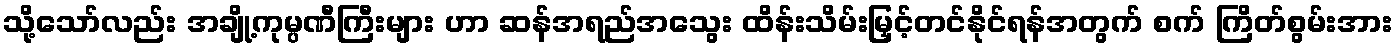
သို့သော်လည်း အချို့ကုမ္ပဏီကြီးများ ဟာ ဆန်အရည်အသွေး ထိန်းသိမ်းမြှင့်တင်နိုင်ရန်အတွက် စက် ကြိတ်စွမ်းအား